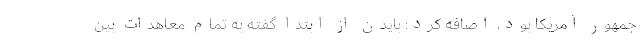
جمهور آمریکا بود، اضافه کرد: بایدن از ابتدا گفته به تمام معاهدات بین